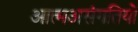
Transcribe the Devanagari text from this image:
आत्मअसंगतियों